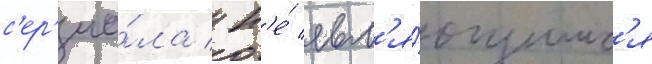
с'ер'иа́ла / н'е́ явл'я́ющимс'я